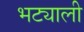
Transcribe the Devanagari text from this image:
भट्याली